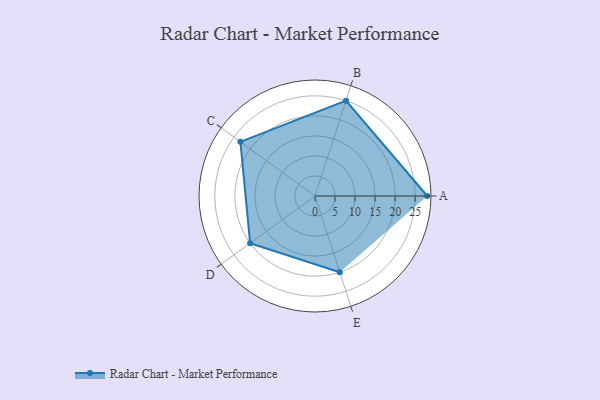
{"axis": {"x": "Skill", "y": "Score"}, "legend": ["Profile"], "data": [{"x": "A", "y": 28.0, "type": "Profile"}, {"x": "B", "y": 25.0, "type": "Profile"}, {"x": "C", "y": 23.0, "type": "Profile"}, {"x": "D", "y": 20, "type": "Profile"}, {"x": "E", "y": 20, "type": "Profile"}]}